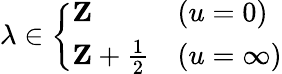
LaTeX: \lambda\in\left\{ \begin{array}{ll}{{{\mathbf Z}}}&{{(u=0)}}\\ {{{\mathbf Z}+\frac 12}}&{{(u=\infty)}}\end{array}\right.